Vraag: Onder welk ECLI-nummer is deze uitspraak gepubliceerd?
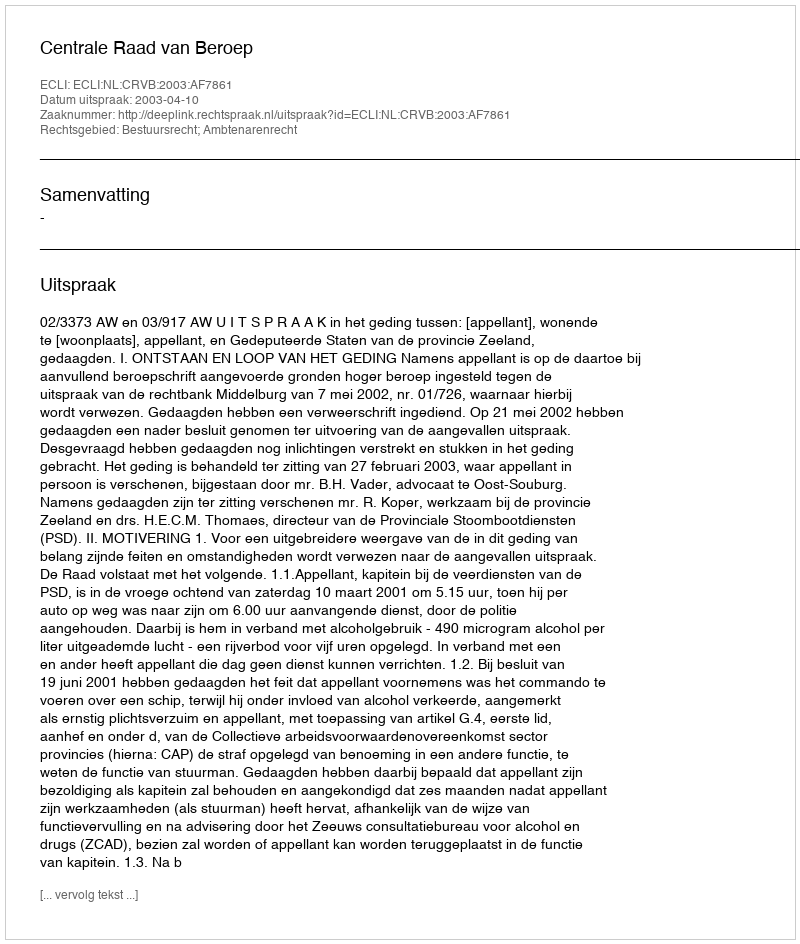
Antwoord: ECLI:NL:CRVB:2003:AF7861